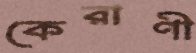
কেরাণী